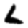
Digit: 6